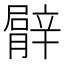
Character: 𦡍